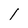
Character: 1